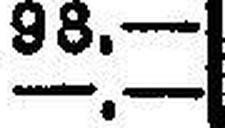
—.—